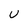
Character: U